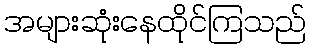
အများဆုံးနေထိုင်ကြသည်